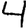
Digit: 4